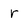
Character: r